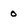
Character: 0